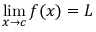
\operatorname* { l i m } _ { x \to c } f ( x ) = L